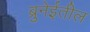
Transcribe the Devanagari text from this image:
ब्रुनेईतील